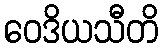
ဝေဒိယသီတိ